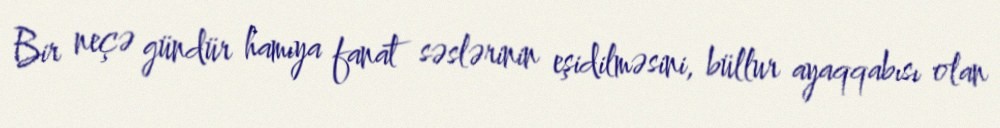
Bir neçə gündür hamıya fanat səslərinin eşidilməsini, büllur ayaqqabısı olan